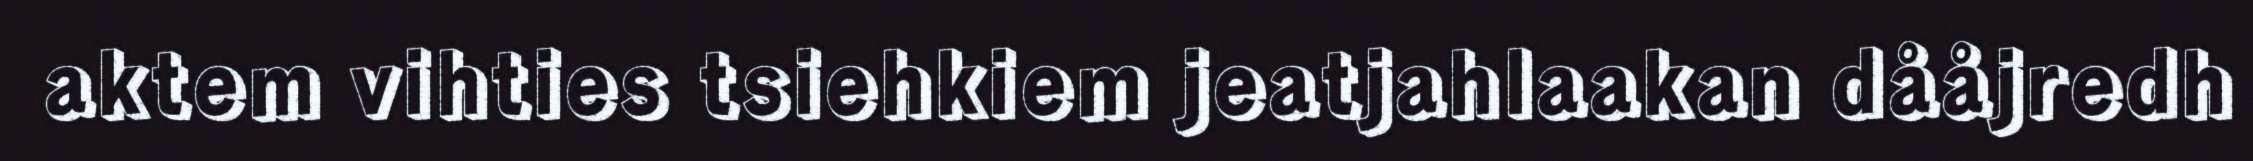
aktem vihties tsiehkiem jeatjahlaakan dååjredh